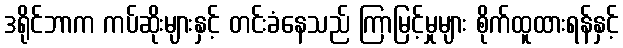
ဒရိုင်ဘာက ကပ်ဆိုးများနှင့် တင်းခံနေသည် ကြာမြင့်မှုများ စိုက်ထူထားရန်နှင့်